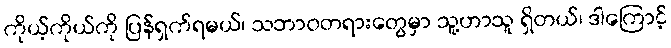
ကိုယ့်ကိုယ်ကို ပြန်ရှက်ရမယ်၊ သဘာဝတရားတွေမှာ သူ့ဟာသူ ရှိတယ်၊ ဒါကြောင့်